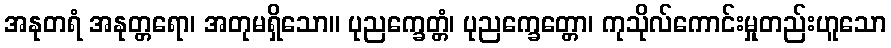
အနုတရံ အနုတ္တရော၊ အတုမရှိသော။ ပုညက္ခေတ္တံ၊ ပုညက္ခေတ္တော၊ ကုသိုလ်ကောင်းမှုတည်းဟူသော